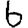
Digit: 6